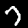
Digit: 7